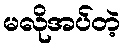
မလိုအပ်တဲ့